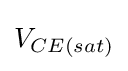
V_{CE(sat)}